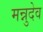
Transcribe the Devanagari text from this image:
मन्नुदेव